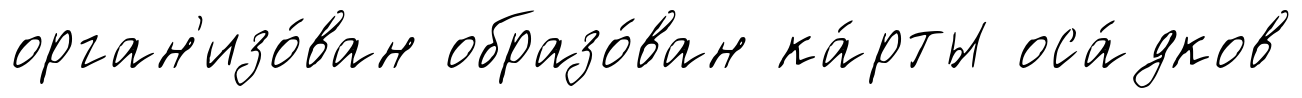
орган'изо́ван образо́ван ка́рты оса́дков